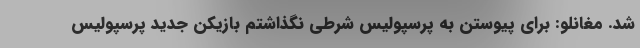
شد. مغانلو: برای پیوستن به پرسپولیس شرطی نگذاشتم بازیکن جدید پرسپولیس